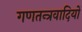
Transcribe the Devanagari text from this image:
गणतन्त्रवादियों